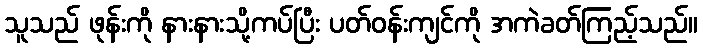
သူသည် ဖုန်းကို နားနားသို့ကပ်ပြီး ပတ်ဝန်းကျင်ကို အကဲခတ်ကြည့်သည်။